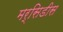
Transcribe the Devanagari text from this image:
मर्सिडीस